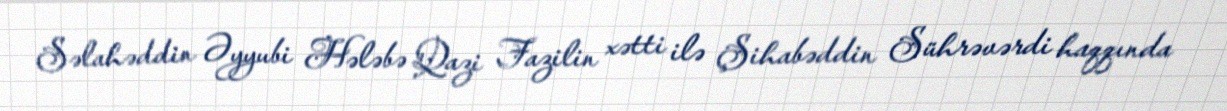
Səlahəddin Əyyubi Hələbə Qazi Fazilin xətti ilə Şihabəddin Sührəvərdi haqqında